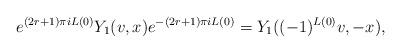
LaTeX: \begin{align*}e^{(2r+1)\pi iL(0)}Y_{1}(v,x)e^{-(2r+1)\pi iL(0)}=Y_{1}((-1)^{L(0)}v, -x),\end{align*}